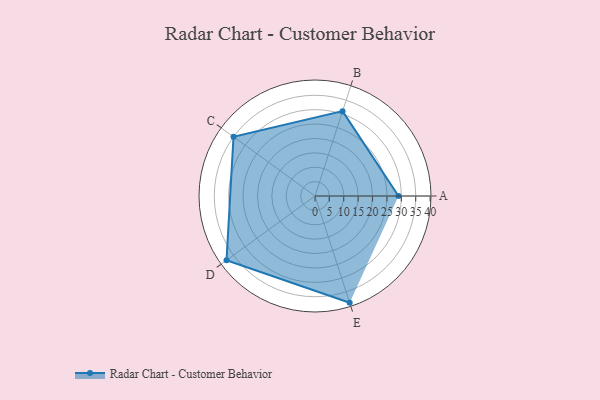
{"axis": {"x": "Skill", "y": "Score"}, "legend": ["Profile"], "data": [{"x": "A", "y": 29.0, "type": "Profile"}, {"x": "B", "y": 31.0, "type": "Profile"}, {"x": "C", "y": 35.0, "type": "Profile"}, {"x": "D", "y": 38.0, "type": "Profile"}, {"x": "E", "y": 39.0, "type": "Profile"}]}